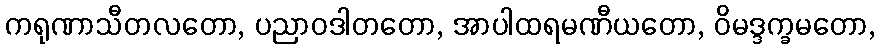
ကရုဏာသီတလတော, ပညာဝဒါတတော, အာပါထရမဏီယတော, ဝိမဒ္ဒက္ခမတော,